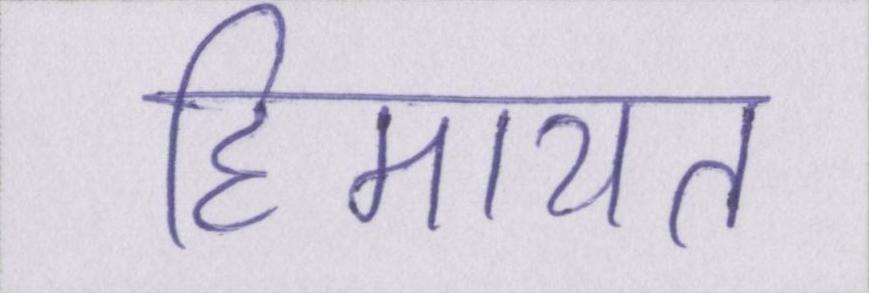
हिमायत